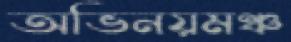
অভিনয়মঞ্চ